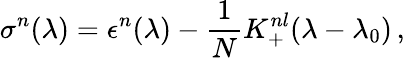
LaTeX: \sigma^{n}(\lambda)=\epsilon^{n}(\lambda)-{\frac{1}{N}}K_{+}^{nl}(\lambda-\lambda_{0})\, ,